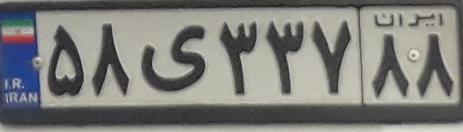
۵۸ی۳۳۷۸۸